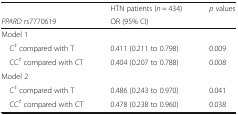
<table><thead><tr><td></td><td><b>HTN patients (<i>n</i> = 434)</b></td><td rowspan="2"><b><i>p</i> values</b></td></tr><tr><td><b><i>PPARD</i> rs7770619</b></td><td><b>OR (95% CI)</b></td></tr></thead><tbody><tr><td colspan="3">Model 1</td></tr><tr><td> C<sup><i>‡</i></sup> compared with T</td><td>0.411 (0.211 to 0.798)</td><td>0.009</td></tr><tr><td> CC<sup><i>‡</i></sup> compared with CT</td><td>0.404 (0.207 to 0.788)</td><td>0.008</td></tr><tr><td colspan="3">Model 2</td></tr><tr><td> C<sup><i>‡</i></sup> compared with T</td><td>0.486 (0.243 to 0.970)</td><td>0.041</td></tr><tr><td> CC<sup><i>‡</i></sup> compared with CT</td><td>0.478 (0.238 to 0.960)</td><td>0.038</td></tr></tbody></table>